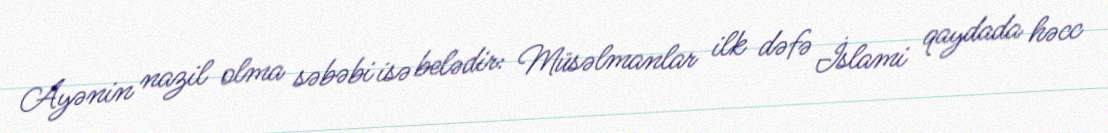
Ayənin nazil olma səbəbi isə belədir: Müsəlmanlar ilk dəfə İslami qaydada həcc